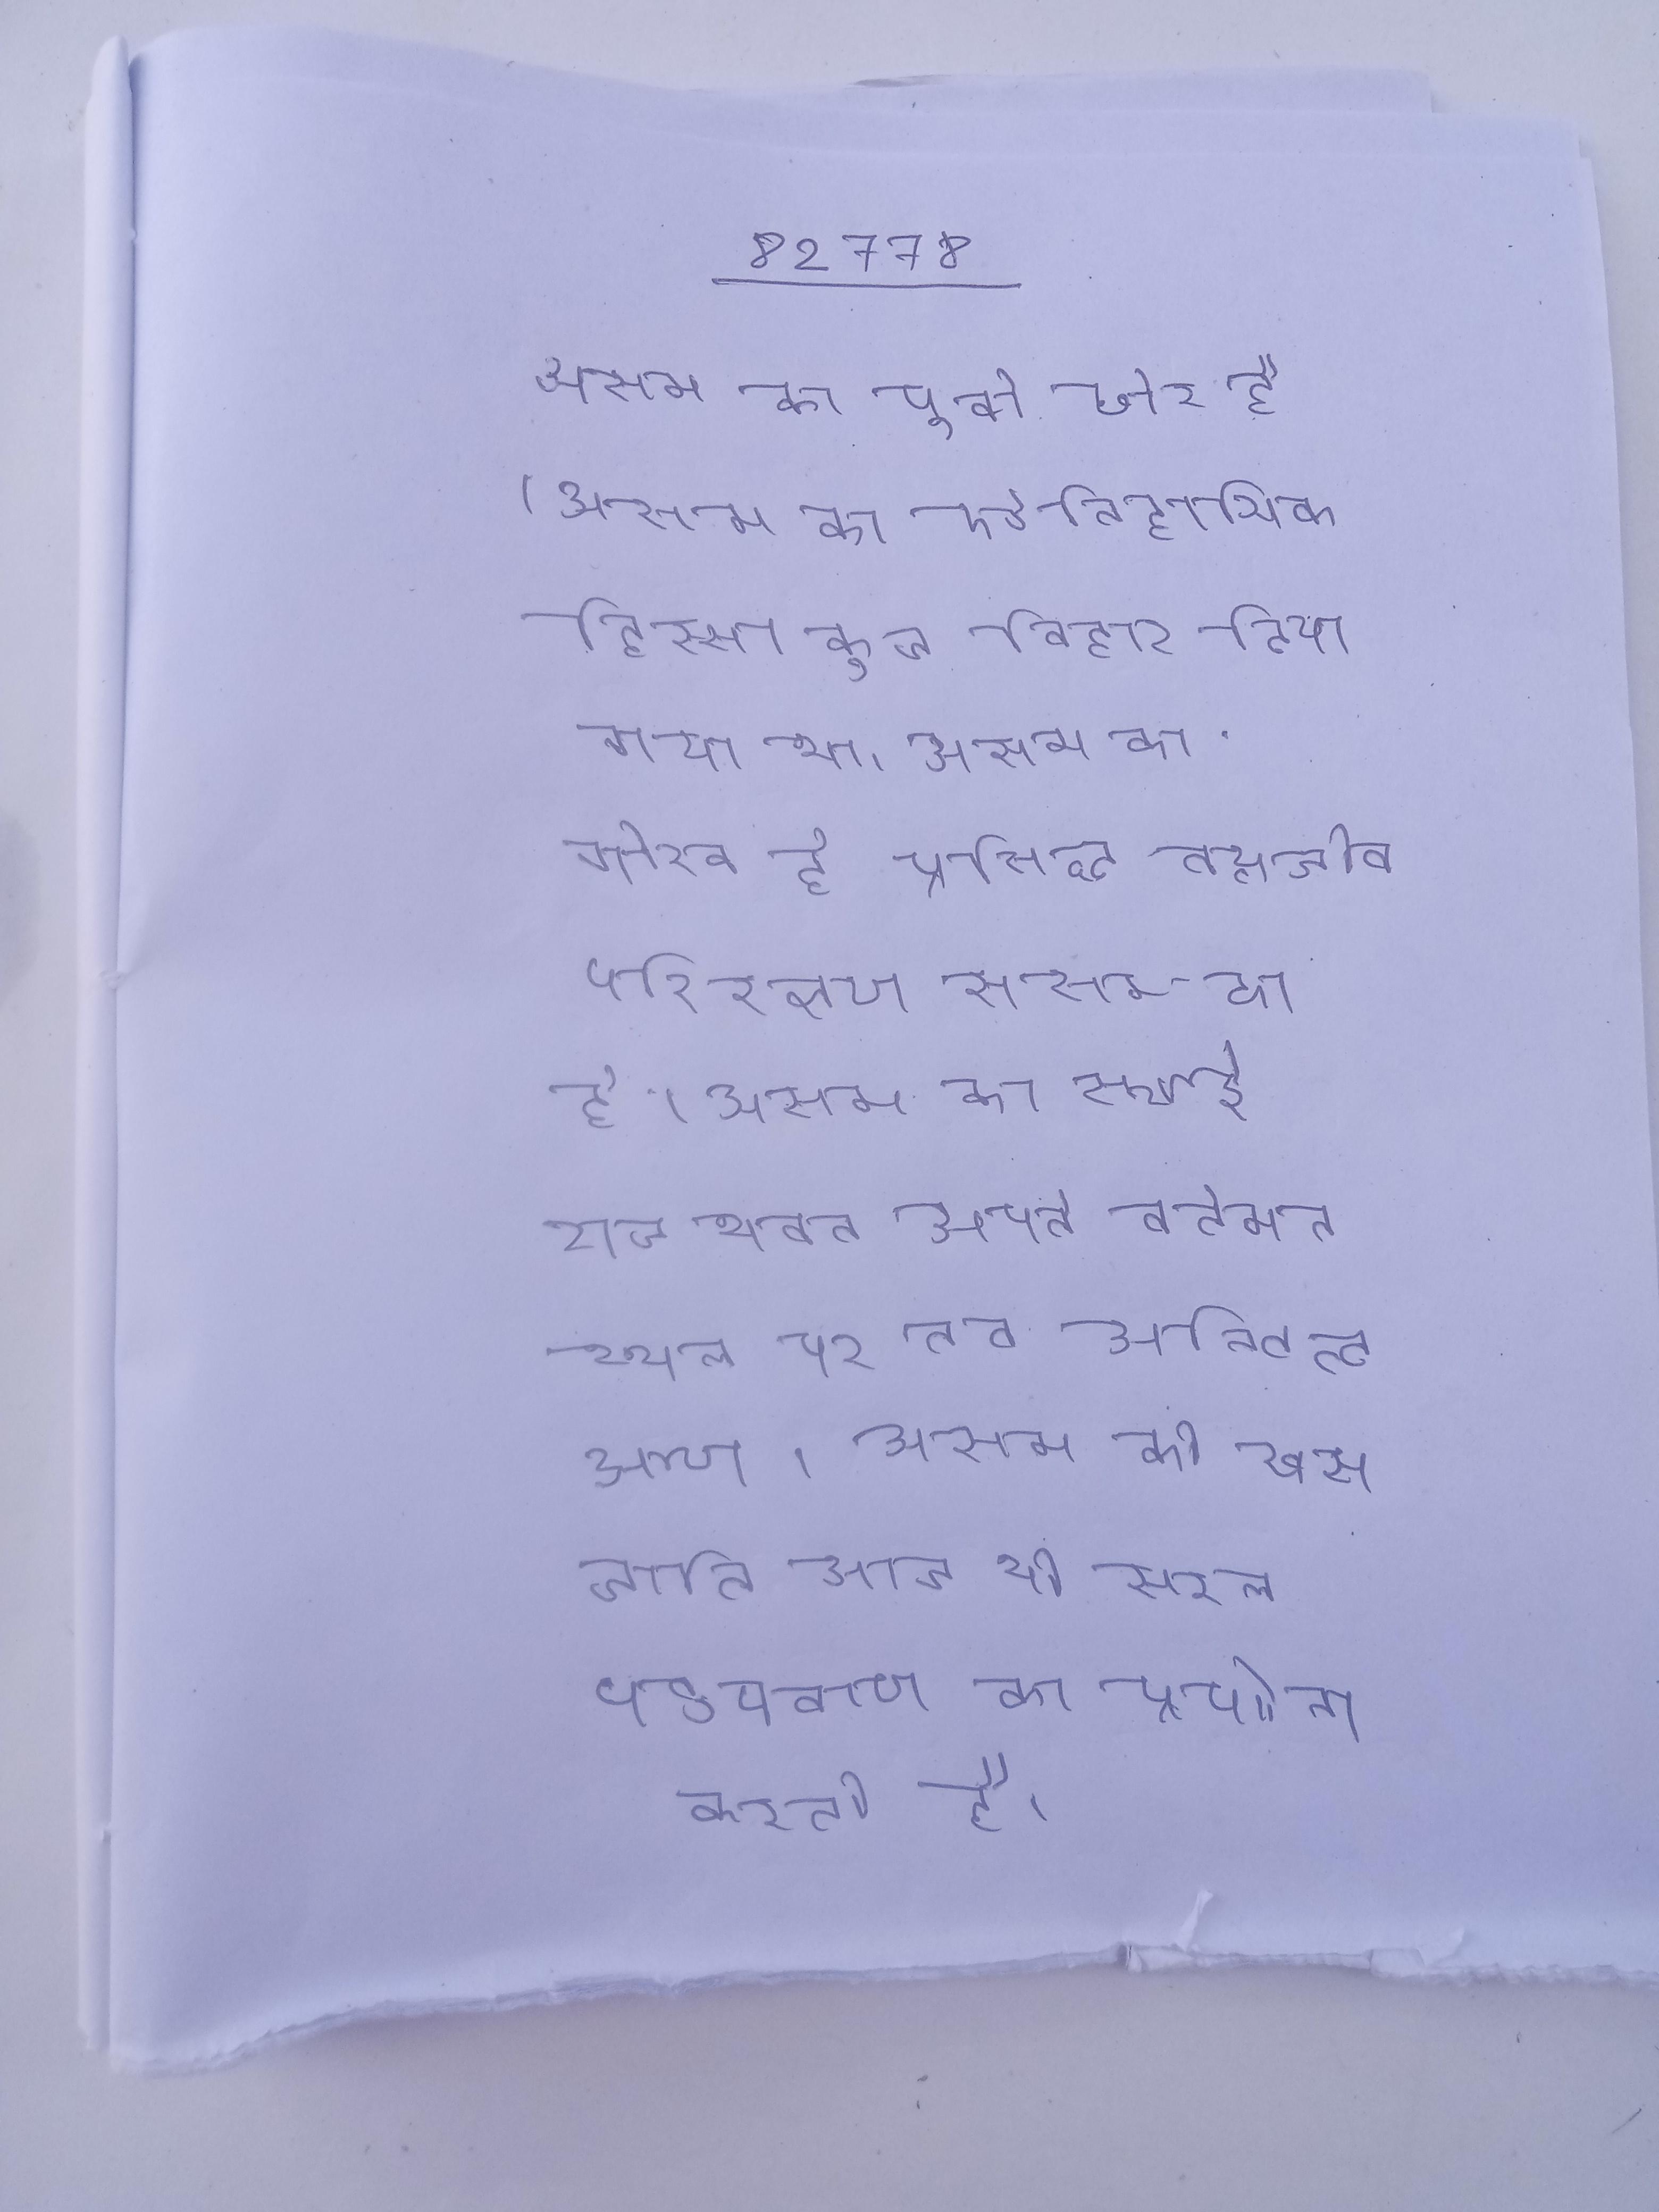
असम का पूर्वी छोर है । असम का ऐतिहासिक हिस्सा कूच बिहार दिया गया था । असम का गौरव है प्रसिद्ध वन्यजीव परिरक्षण असम का है । असम का स्थाई राजभवन अपने वर्तमन स्थल पर तब अस्तित्व आया । असम की खस जाति आज भी सरल धनुषबाण का प्रयोग करती है ।